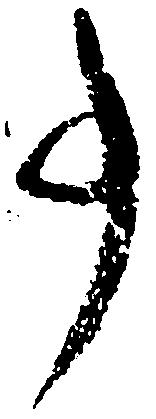
事